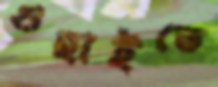
গুছাইতে